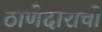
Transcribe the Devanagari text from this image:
ठाणेदाराची